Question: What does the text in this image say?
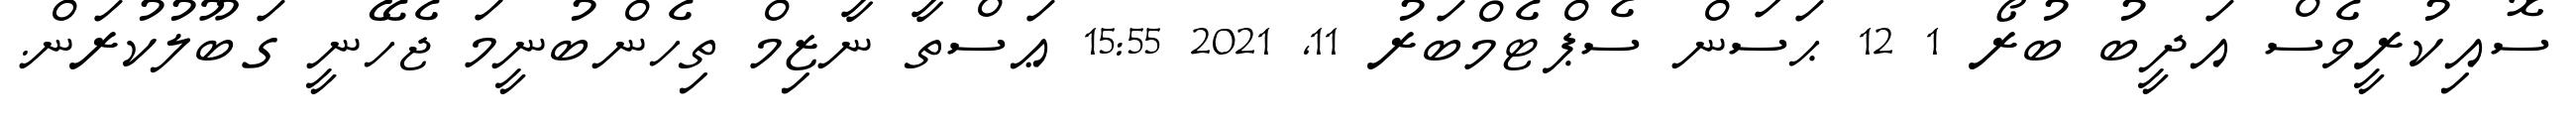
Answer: ސޮއިކުރީވެސް އަދީބު ބުރޯ 1 12 ޙަސަން ސެޕްޓެމްބަރު 11, 2021 15:55 ޢަސްތާ ނާޒިމް ތިހެންބުނީމަ ޖެހޭނީ ގަބޫލުކުރަން.